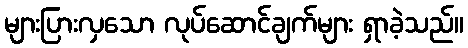
များပြားလှသော လုပ်ဆောင်ချက်များ ရှာခဲ့သည်။